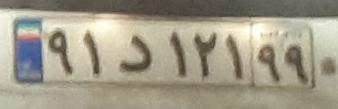
۹۱د۱۲۱۹۹